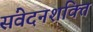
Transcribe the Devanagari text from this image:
संवेदनशक्ति